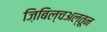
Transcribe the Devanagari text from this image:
ज़िबिल्चअल्तून